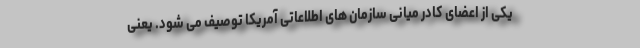
یکی از اعضای کادر میانی سازمان های اطلاعاتی آمریکا توصیف می شود. یعنی